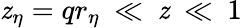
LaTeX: \mathit{z}_{\eta}=qr_{\eta}~\ll~\mathit{z}~\ll~1